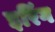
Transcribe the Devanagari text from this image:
इरिंग